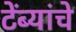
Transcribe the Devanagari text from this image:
टेंब्यांचे